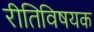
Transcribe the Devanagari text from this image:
रीतिविषयक